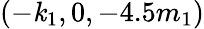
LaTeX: (-\mathit{k}_{1},0,-4.5m_{1})